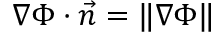
\nabla \Phi \cdot \vec { n } = \lVert \nabla \Phi \rVert